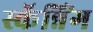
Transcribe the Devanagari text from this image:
स्कॅन्निंग